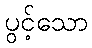
ပွင့်သော